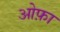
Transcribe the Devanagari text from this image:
ओफ़ा